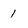
Character: 1